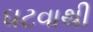
ઘટવાથી